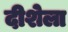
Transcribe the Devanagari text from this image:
दीशेला